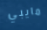
مايبي